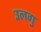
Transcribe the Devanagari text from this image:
उलगु